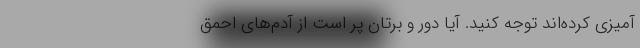
‌آمیزی کرده‌اند توجه کنید. آیا دور و برتان پر است از آدم‌های احمق